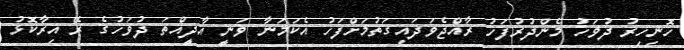
ހޮނިހިރު ދުވަހު މެންދުރުފަހު ރާއްޖެވަދައިގަތުމަށްފަހު އެކަމަނާ ވަނީ އާދީއްތަ ދުވަހުގެ ރޭ އިރާކޮޅު